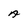
Character: A